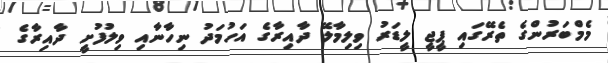
މެމްބަރުންގެ ތެރޭގައި ޕީޖީ ލީޑަރު ވިލިމާލޭ ދާއިރާގެ އަހުމަދު ނިހާނާއި ވިލުފުށީ ދާއިރާގެ